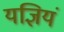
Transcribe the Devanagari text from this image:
यज्ञियं